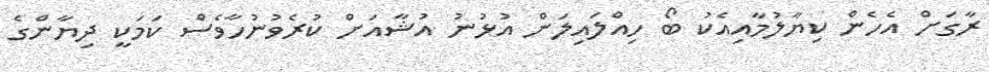
ރާގަށް އެހެން ކިޔާލުމާއިއެކު ބޯ ހިއްލައިލަން އުޅުނު އުޝާއަށް ކުރެވުނުހާވެސް ކަމަކީ ދިޔާންގެ